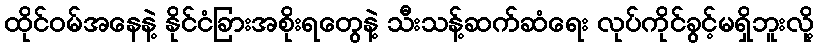
ထိုင်ဝမ်အနေနဲ့ နိုင်ငံခြားအစိုးရတွေနဲ့ သီးသန့်ဆက်ဆံရေး လုပ်ကိုင်ခွင့်မရှိဘူးလို့